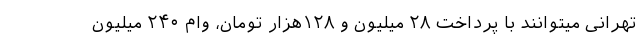
تهرانی میتوانند با پرداخت ۲۸ میلیون و ۱۲۸هزار تومان، وام ۲۴۰ میلیون